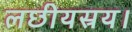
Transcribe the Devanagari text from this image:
लछीयस्रय।